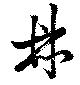
鼎